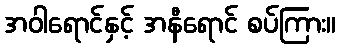
အဝါရောင်နှင့် အနီရောင် စပ်ကြား။